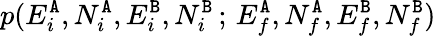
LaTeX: p(E_{i}^{{\tt A}},N_{i}^{{\tt A}},E_{i}^{{\tt B}},N_{i}^{{\tt B}}\, ;\, E_{f}^{{\tt A}},N_{f}^{{\tt A}},E_{f}^{{\tt B}},N_{f}^{{\tt B}})